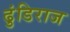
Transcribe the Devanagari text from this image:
ढुंडिराज